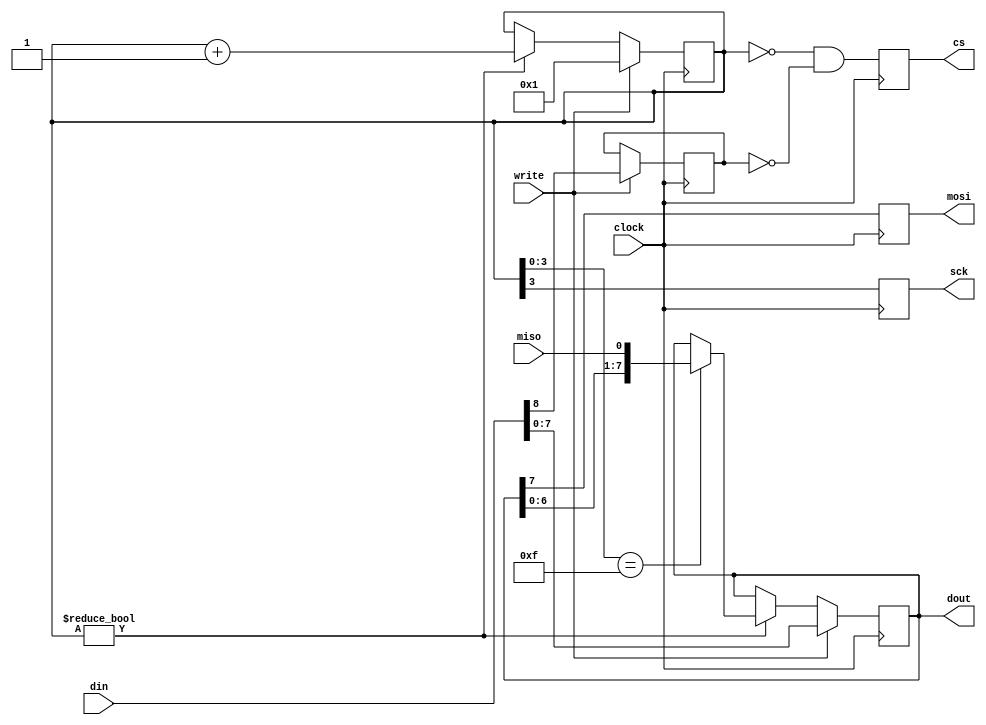
module spi_8bit_rw
  (
   input 	    clock,
   input 	    write,
   input [8:0] 	    din,
   output reg [7:0] dout = 16'h0,
   output reg 	    cs = 1'b1,
   output reg 	    sck = 1'b0,
   output reg 	    mosi,
   input 	    miso
   );

   reg [6:0] 	    state = 7'h0;
   reg 		    cs_hold = 0;

   always @ (posedge clock)
     begin
	mosi <= dout[7];
	if(write)
	  begin
	     cs_hold <= din[8];
	     dout <= din[7:0];
	     state <= 1'd1;
	  end
	else if(state != 0)
	  begin
	     if(state[3:0] == 15)
	       dout <= {dout[6:0], miso};
	     state <= state + 1'b1;
	  end
	sck <= state[3];
	cs <= (state == 0) && ~cs_hold;
     end

endmodule